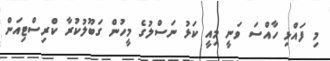
މި ފައްޅި ހާއްސަ ވަނީ މިއީ ކަޅު ނަސްލުގެ މީހުން ގަބޫލުކުރާ ކްރިސްޓިއަން